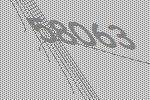
58063